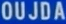
OUJDA